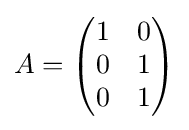
A={\begin{pmatrix}1&0\\0&1\\0&1\end{pmatrix}}